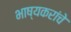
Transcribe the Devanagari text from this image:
भाष्यकरांचे